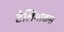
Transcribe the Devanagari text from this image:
टेलिमाकस